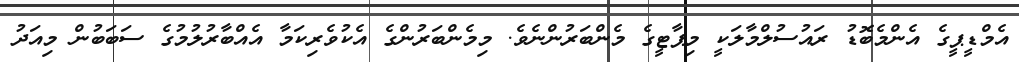
އެމްޑީޕީގެ އެންމެބޮޑު ރައުސުލްމާލަކީ މިޕާޓީގެ މެންބަރުންނެވެ. މިމެންބަރުންގެ އެކުވެރިކަމާ އެއްބާރުލުމުގެ ސަބަބުން މިއަދު